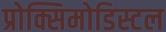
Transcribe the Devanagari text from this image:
प्रोक्सिमोडिस्टल